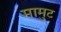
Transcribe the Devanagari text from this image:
मामुट